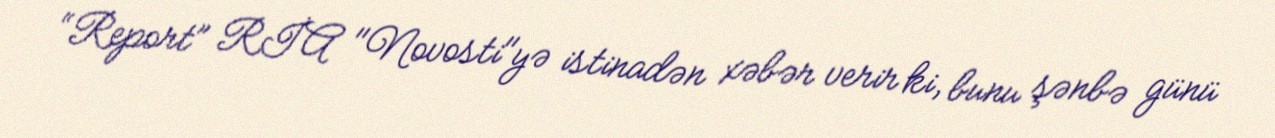
“Report” RİA "Novosti"yə istinadən xəbər verir ki, bunu şənbə günü